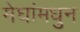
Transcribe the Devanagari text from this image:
मेघांमधुन